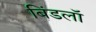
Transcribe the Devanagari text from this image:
बिंडलॉ